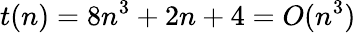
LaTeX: t(n)=8n^{3}+2n+4=O(n^{3})